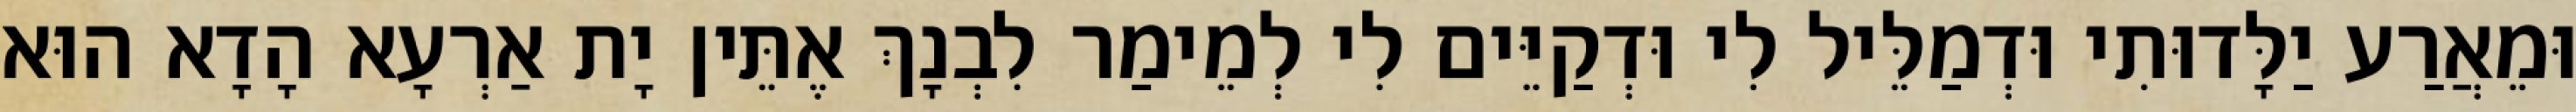
וּמֵאֲרַע יַלָּדוּתִי וּדְמַלֵּיל לִי וּדְקַיֵּים לִי לְמֵימַר לִבְנָךְ אֶתֵּין יָת אַרְעָא הָדָא הוּא